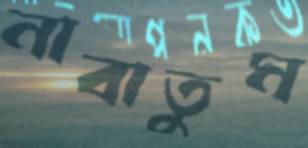
নাবাতুম